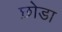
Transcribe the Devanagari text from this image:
छ़ोडा